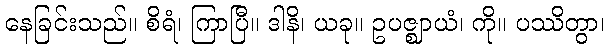
နေခြင်းသည်။ စိရံ၊ ကြာပြီ။ ဒါနိ၊ ယခု။ ဥပဇ္ဈာယံ၊ ကို။ ပဿိတွာ၊